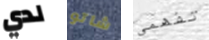
لدي شاتو تفهمى